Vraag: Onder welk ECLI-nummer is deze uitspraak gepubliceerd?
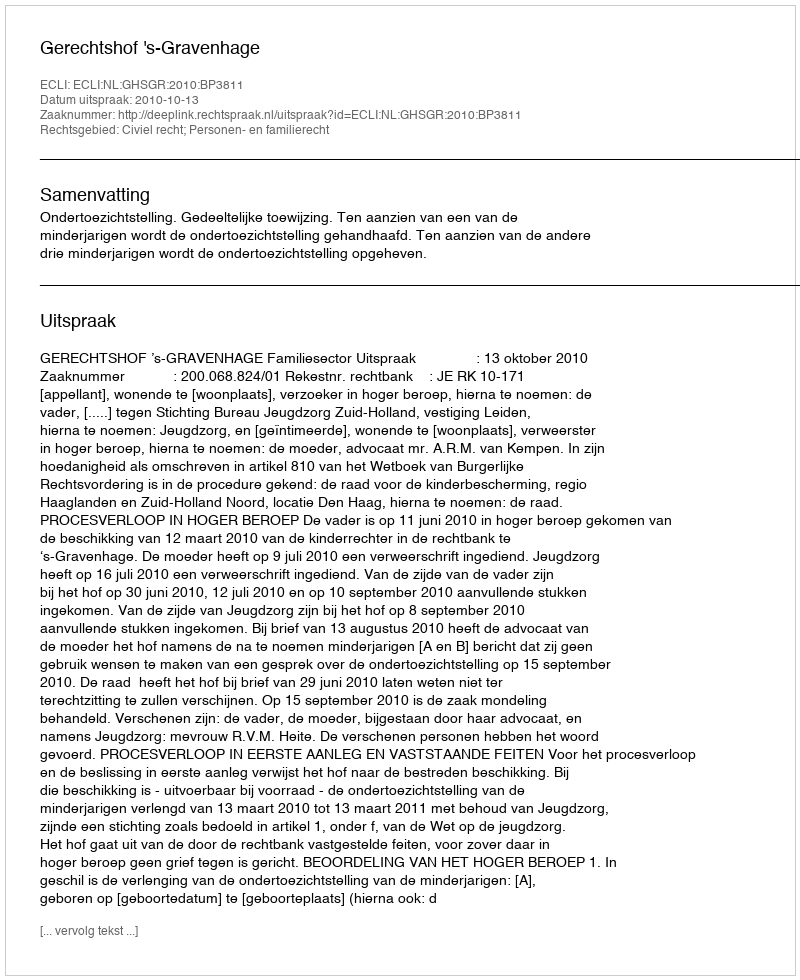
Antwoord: ECLI:NL:GHSGR:2010:BP3811